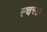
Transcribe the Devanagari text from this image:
स्चच्छ